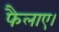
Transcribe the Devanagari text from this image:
फैलाए।